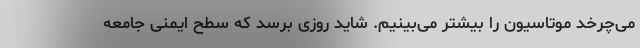
می‌چرخد موتاسیون را بیشتر می‌بینیم. شاید روزی برسد که سطح ایمنی جامعه